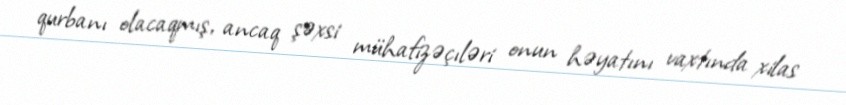
qurbanı olacaqmış, ancaq şəxsi mühafizəçıləri onun həyatını vaxtında xilas